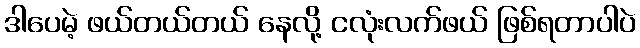
ဒါပေမဲ့ ဖယ်တယ်တယ် နေလို့ ငလုံးလက်ဖယ် ဖြစ်ရတာပါပဲ